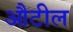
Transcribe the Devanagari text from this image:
औटील